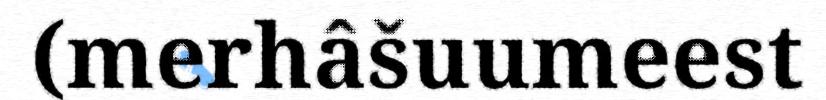
(merhâšuumeest